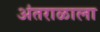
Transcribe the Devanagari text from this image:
अंतराळाला